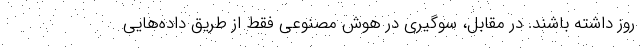
روز داشته باشند. در مقابل، سوگیری در هوش مصنوعی فقط از طریق داده‌هایی